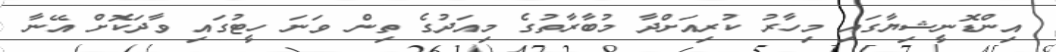
އިންޑޮނީޝިޔާގައި މިހާރު ކުރިއަށްދާ މުބާރާތުގެ މިއަދުގެ ތިން ވަނަ ހީޓުގައި ވާދަކޮށް އޭނާ